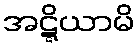
အဋ္ဋိယာမိ